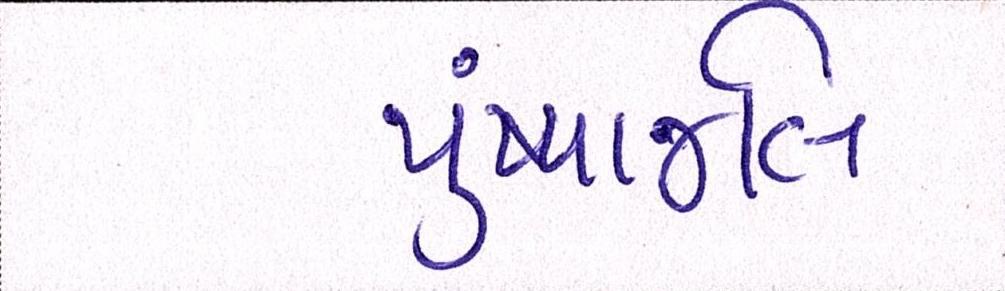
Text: પુંષ્પાજલિ